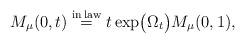
LaTeX: \begin{align*}M_{\mu}(0, t) \overset{{\rm in \,law}}{=} t\exp\bigl(\Omega_t\bigr) M_{\mu}(0, 1),\end{align*}